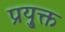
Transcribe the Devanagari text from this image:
प्रयु्क्त